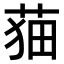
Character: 𦲡